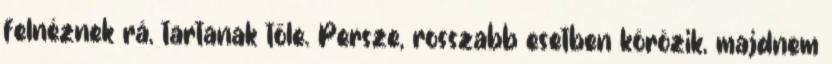
felnéznek rá, tartanak tőle. Persze, rosszabb esetben körözik, majdnem